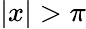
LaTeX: |x|>\pi